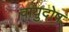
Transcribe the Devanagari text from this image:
वायुदोष